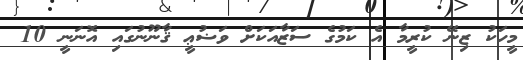
މީހަކު ޒިނޭ ކުރީމާ އެ ކަމުގެ ސަޒާއަކަށް ވަޟުޢީ ޤާނޫނުގައި އޮނަނީ 10